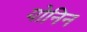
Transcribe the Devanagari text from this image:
योनिन